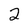
Character: 2